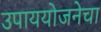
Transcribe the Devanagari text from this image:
उपाययोजनेचा